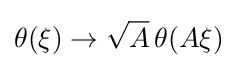
\theta (\xi )\rightarrow {\sqrt {A}}\,\theta (A\xi )